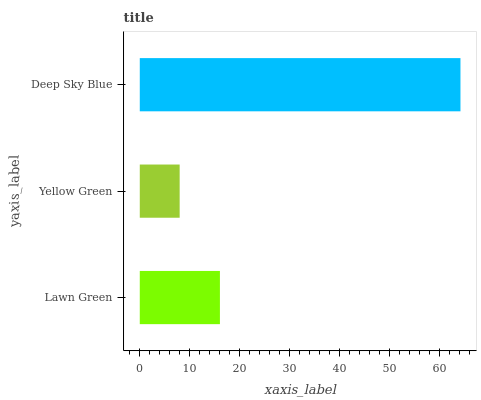
| yaxis_label | bars |
 | --- | --- |
 | Lawn Green | 16 |
 | Yellow Green | 7.98 |
 | Deep Sky Blue | 64.2 |